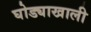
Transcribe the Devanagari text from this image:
घोड्याखाली